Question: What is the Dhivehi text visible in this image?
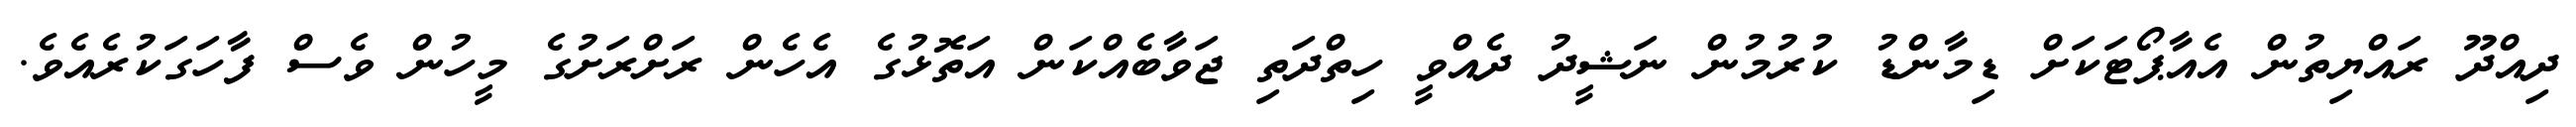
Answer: ދިއްދޫ ރައްޔިތުން އެއާޕޯޓަކަށް ޑިމާންޑު ކުރުމުން ނަޝީދު ދެއްވީ ހިތްދަތި ޖަވާބެއްކަން އަތޮޅުގެ އެހެން ރަށްރަށުގެ މީހުން ވެސް ފާހަގަކުރެއެވެ.